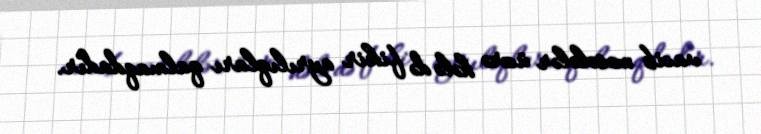
vacib məsələlər üzrə hələ də fikir ayrılıqları qalmaqdadır.